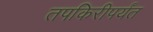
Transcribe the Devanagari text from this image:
तपकिरीपर्यंत